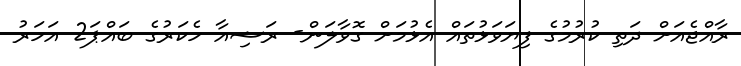
ރާއްޖެއަށް ދަތި ކުރުމުގެ ފިޔަވަޅުތައް އެޅުމަށް ގޮވާލަން- ރަޝިއާ ހެކަރުގެ ބައްޕަ2 އަހަރު